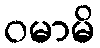
ဝမာမိ